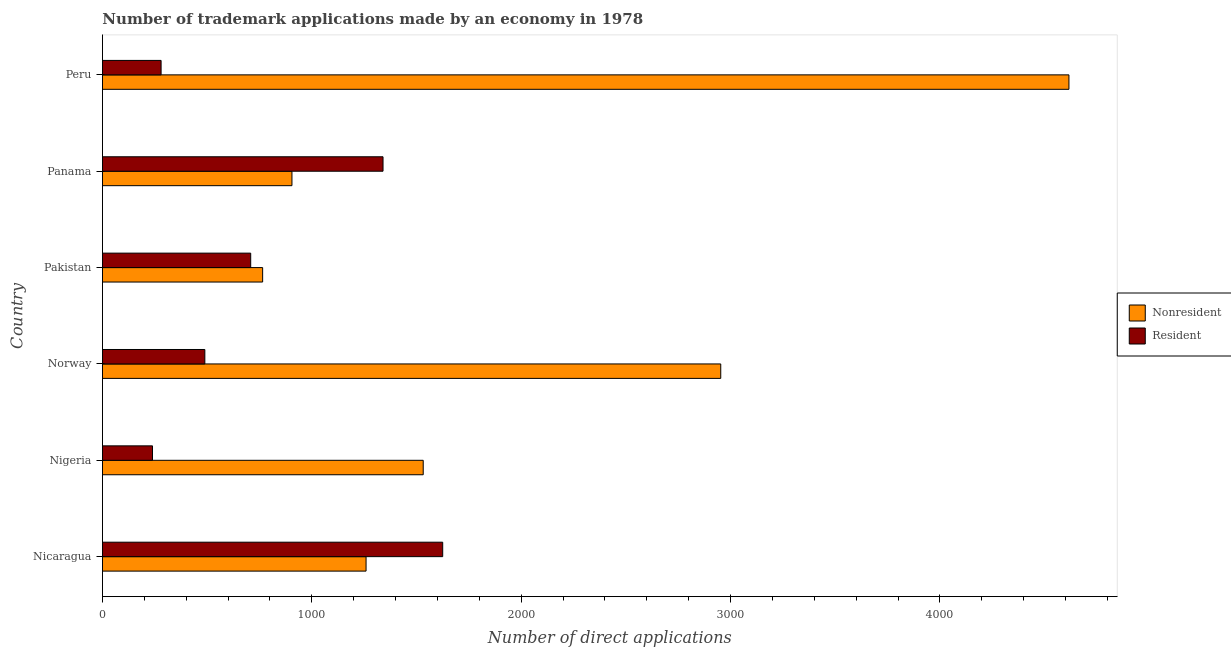
| Country | Nonresident | Resident |
 | --- | --- | --- |
 | Nicaragua | 1.26e+03 | 1.62e+03 |
 | Nigeria | 1.53e+03 | 239 |
 | Norway | 2.95e+03 | 489 |
 | Pakistan | 765 | 708 |
 | Panama | 905 | 1.34e+03 |
 | Peru | 4.62e+03 | 280 |